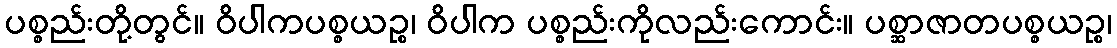
ပစ္စည်းတို့တွင်။ ဝိပါကပစ္စယဉ္စ၊ ဝိပါက ပစ္စည်းကိုလည်းကောင်း။ ပစ္ဆာဇာတပစ္စယဉ္စ၊